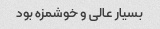
بسیار عالی و خوشمزه بود